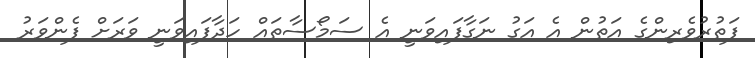
ފަތުރުވެރިންގެ އަތުން އެ އަގު ނަގާފައިވަނީ އެ ސަމޯސާތައް ހަދާފައިވަނީ ވަރަށް ފެންވަރު